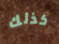
كذلك